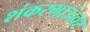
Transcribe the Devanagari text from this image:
शंकरभाऊंवर